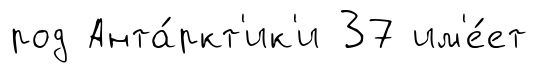
род Анта́ркт'ик'и 37 им'е́ет